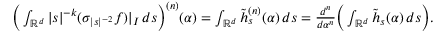
\begin{array} { r } { \Big ( \int _ { \mathbb { R } ^ { d } } | s | ^ { - k } ( \sigma _ { | s | ^ { - 2 } } f ) | _ { I } \, d s \Big ) ^ { ( n ) } ( \alpha ) = \int _ { \mathbb { R } ^ { d } } \tilde { h } _ { s } ^ { ( n ) } ( \alpha ) \, d s = \frac { d ^ { n } } { d \alpha ^ { n } } \Big ( \int _ { \mathbb { R } ^ { d } } \tilde { h } _ { s } ( \alpha ) \, d s \Big ) . } \end{array}